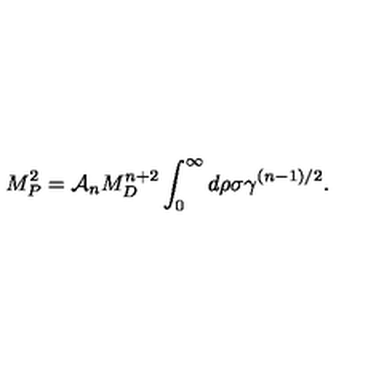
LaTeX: M _ { P } ^ { 2 } = { \cal A } _ { n } M _ { D } ^ { n + 2 } \int _ { 0 } ^ { \infty } d \rho \sigma \gamma ^ { ( n - 1 ) / 2 } .